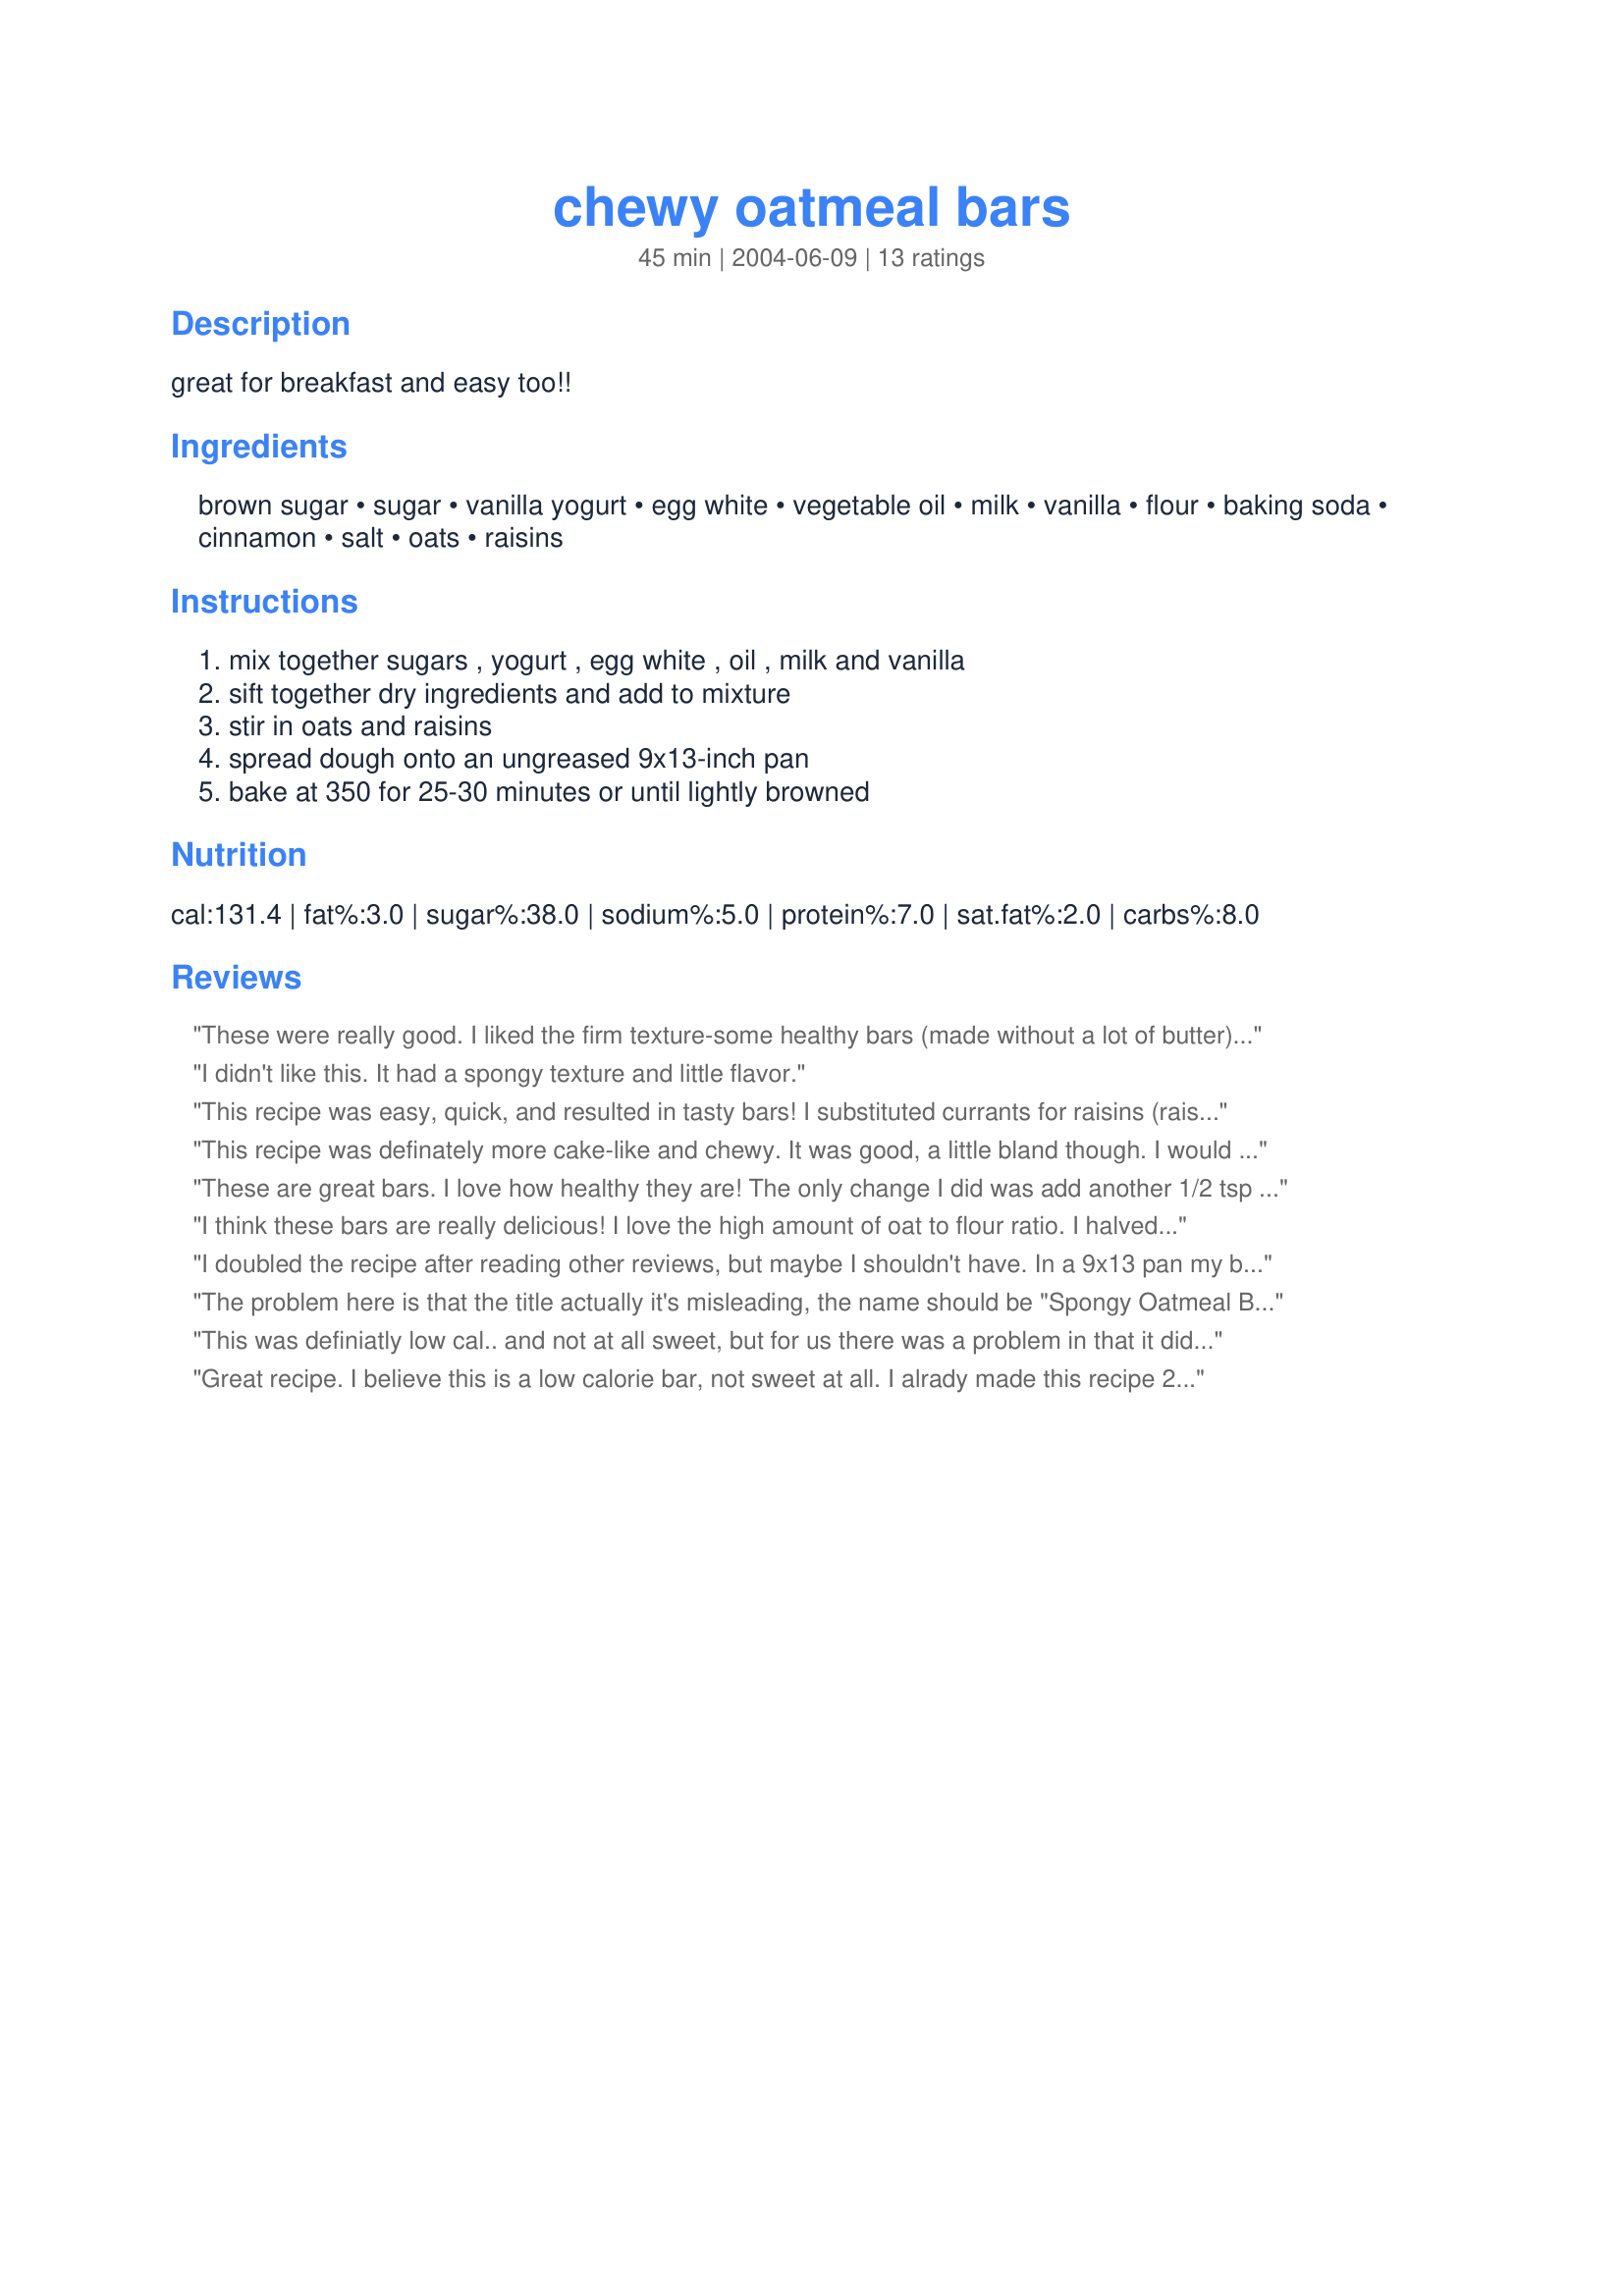
chewy oatmeal bars
Preparation time: 45 minutes

great for breakfast and easy too!!

Ingredients:
brown sugar, sugar, vanilla yogurt, egg white, vegetable oil, milk, vanilla, flour, baking soda, cinnamon, salt, oats, raisins

Steps:
mix together sugars , yogurt , egg white , oil , milk and vanilla, sift together dry ingredients and add to mixture, stir in oats and raisins, spread dough onto an ungreased 9x13-inch pan, bake at 350 for 25-30 minutes or until lightly browned

Reviews:
These were really good. I liked the firm texture-some healthy bars (made without a lot of butter) don't hold together very well! I used Splenda sugars, applesauce for the oil & half whole wheat/oat flour. I also didn't use as many raisins (about half the amt), used no salt & doubled up on the cinnamon. They're not too sweet, but the raisins add great bursts of sweetness. They were just thick enough for me & were very easy! Thank u for sharing.
I didn't like this. It had a spongy texture and little flavor.
This recipe was easy, quick, and resulted in tasty bars! I substituted currants for raisins (raisins are too sweet for me), and it turned out just fine. :)
This recipe was definately more cake-like and chewy. It was good, a little bland though. I would maybe add more cinnamon or even some nutmeg. I also used Blue Bunny Sweet Freedom Vanilla Creme Yogurt to save on calories and sugar. Fiance ate half the batch in one sitting. Used an 8X8 pan and baked for 25 minutes. The bars were a perfect thickness.
These are great bars. I love how healthy they are! The only change I did was add another 1/2 tsp of cinnamon. It took a little more effort to spread in the pan since there's not a lot of batter and the bars are pretty thin, but it's worth it! They're nice and portable and perfect for snacking. Thank you!
I think these bars are really delicious! I love the high amount of oat to flour ratio. I halved the recipe to make in an 8x8" pan, but still used one whole egg white because I couldn't be bothered to half an egg white. I also used chocolate chips instead of raisins, as I had a chocolate craving. :) My bars turned out nice and more golden brown in color with a nice moist, slightly chewy consistancy. Thanks!
I doubled the recipe after reading other reviews, but maybe I shouldn't have. In a 9x13 pan my bars are thick and the texture of soft cake. With hard grains of oatmeal. I used rolled oats- quick would be better I think. I wish they were chewy and wonder if the original recipe would be...
The problem here is that the title actually it's misleading, the name should be "Spongy Oatmeal Bars" not Chewy.<br/><br/>Was not what I was looking for, they don't taste bad but the consistency it's what I din't like and I see most people neither.<br/><br/>Thanks for sharing
This was definiatly low cal.. and not at all sweet, but for us there was a problem in that it didn't really taste of too much at all.. Maybe the addition of dried apricots would help? OTOH adding apricots would probaby up the calories substantially. DH wanted to add choc chips, but that would turn it into really a different recipe. Ours was chewy and tasted ok-ish, but it didn't grab us enough as a recipe to make again since it just didn't suit our tastes. Please see my rating system: I rate hard and 3 stars from me just means it didn't work for us and since everyone is different, so take this review with a pinch of oats.. you never know until you try, right? Thanks for the recipe!
Great recipe. I believe this is a low calorie bar, not sweet at all. I alrady made this recipe 2x and i still love it and will make it again and again.

I think the recipe is too little for a 9x13 inch pan. So I doubled everything, and baked it in a 8x12 pan, it turned out about 1 1/2 inch thick. I didn't have any raisins so i put wallnuts instead...and they're still yummy!
These are great. I made them exactly according to the recipe, using plain nonfat yogurt. They make a great, quick breakfast. Thank you!
Great recipe! I used the yogurt I made from "Recipe #32460" and used chocolate chips instead of the raisins. I also had to add time to the baking...about 15 minutes. But soooo good!
Healthy and tastes good - my favorite adjectives for food. I subbed cranberries and orange zest for the raisins, and added just a few white chocolate chips. I also added a couple tsp of oat bran and wheat bran. Oh yeah, I also subbed applesauce for the oil. Thanks for sharing!
